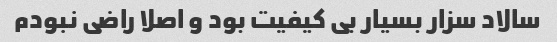
سالاد سزار بسیار بی کیفیت بود و اصلا راضی نبودم